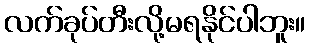
လက်ခုပ်တီးလို့မရနိုင်ပါဘူး။